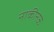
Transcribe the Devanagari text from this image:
नाकीनऊ